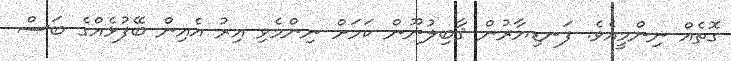
ގޮތެއް ނިންމީއެވެ. ފަނޑިޔާރުން ޤާބިލުނޫން ކަމަށް ނިންމެވި އިރު އެއިން ބޭފުޅެއްގެ ބަސް